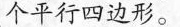
个平行四边形。